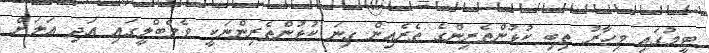
ޓީމުގައި މިހާރު ތިބި ކުޅުންތެރިންގެ ތެރެއިން ގިނަ ކުޅުންތެރިންނަކީ ވެމްބްލީގައި އަދި އަލަށް